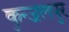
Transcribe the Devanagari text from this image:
कुन्जलपुर